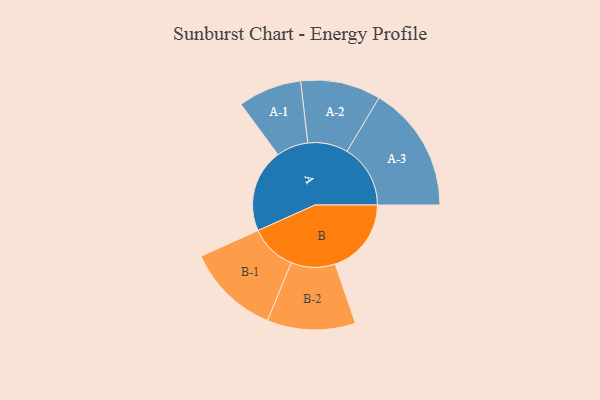
{"axis": {"x": "Segment", "y": "Value"}, "legend": ["", "A", "B"], "data": [{"x": "A", "y": 372, "type": ""}, {"x": "B", "y": 340, "type": ""}, {"x": "A-1", "y": 142, "type": "A"}, {"x": "A-2", "y": 179, "type": "A"}, {"x": "A-3", "y": 283, "type": "A"}, {"x": "B-1", "y": 208, "type": "B"}, {"x": "B-2", "y": 197, "type": "B"}]}